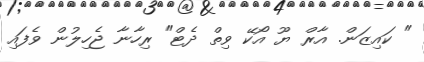
" ކައިޒަން. އާރް ޔޫ އޯކޭ ވިތް ދެޓް" ރިހާނާ ޖެހިލުން ވެފައި